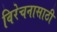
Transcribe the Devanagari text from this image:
विरेचनासाठी